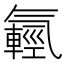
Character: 𣱮